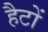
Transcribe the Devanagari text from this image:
हैटों